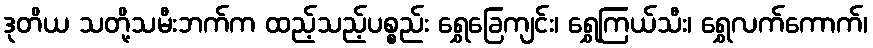
ဒုတိယ သတို့သမီးဘက်က ထည့်သည့်ပစ္စည်း ရွှေခြေကျင်း၊ ရွှေကြယ်သီး၊ ရွှေလက်ကောက်၊